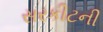
સરકીટની